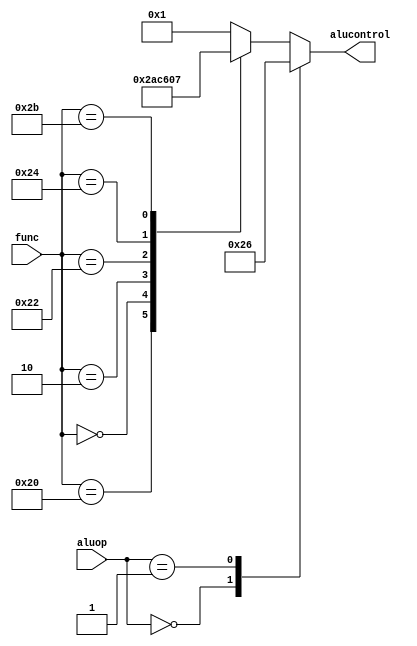
module aludec(func, aluop, alucontrol);
input   [5:0] func;
input   [1:0] aluop;
output reg [3:0] alucontrol;

always @(aluop, func)
begin
    case(aluop)
      2'b00: alucontrol <= 4'b0010;  // add
      2'b01: alucontrol <= 4'b0110;  // sub
      default: case(func)          // RTYPE
          6'b100000: alucontrol <= 4'b0010; // add
          6'b000000: alucontrol <= 4'b1010; // sll
          6'b000010: alucontrol <= 4'b1100; // srl
          6'b100010: alucontrol <= 4'b0110; // sub
          6'b100100: alucontrol <= 4'b0000; // and
          6'b100101: alucontrol <= 4'b0001; // or
          6'b101011: alucontrol <= 4'b0111; // sltu
          default:   alucontrol <= 4'b0001; // ori
        endcase
    endcase
end

endmodule